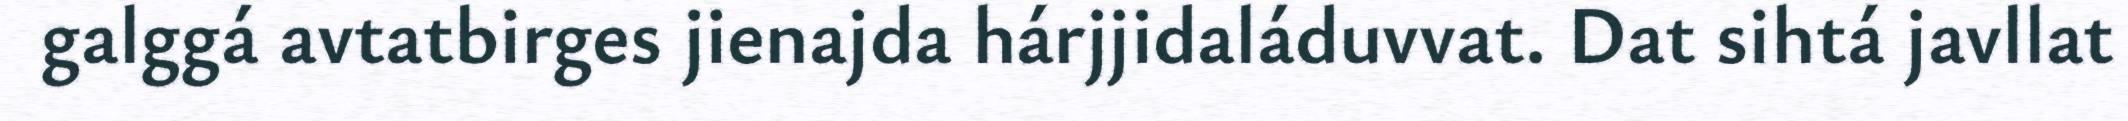
galggá avtatbirges jienajda hárjjidaláduvvat. Dat sihtá javllat